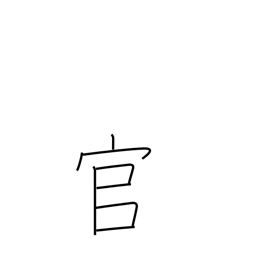
Meaning: the government